Trukikaitis_Postimees, lk 150
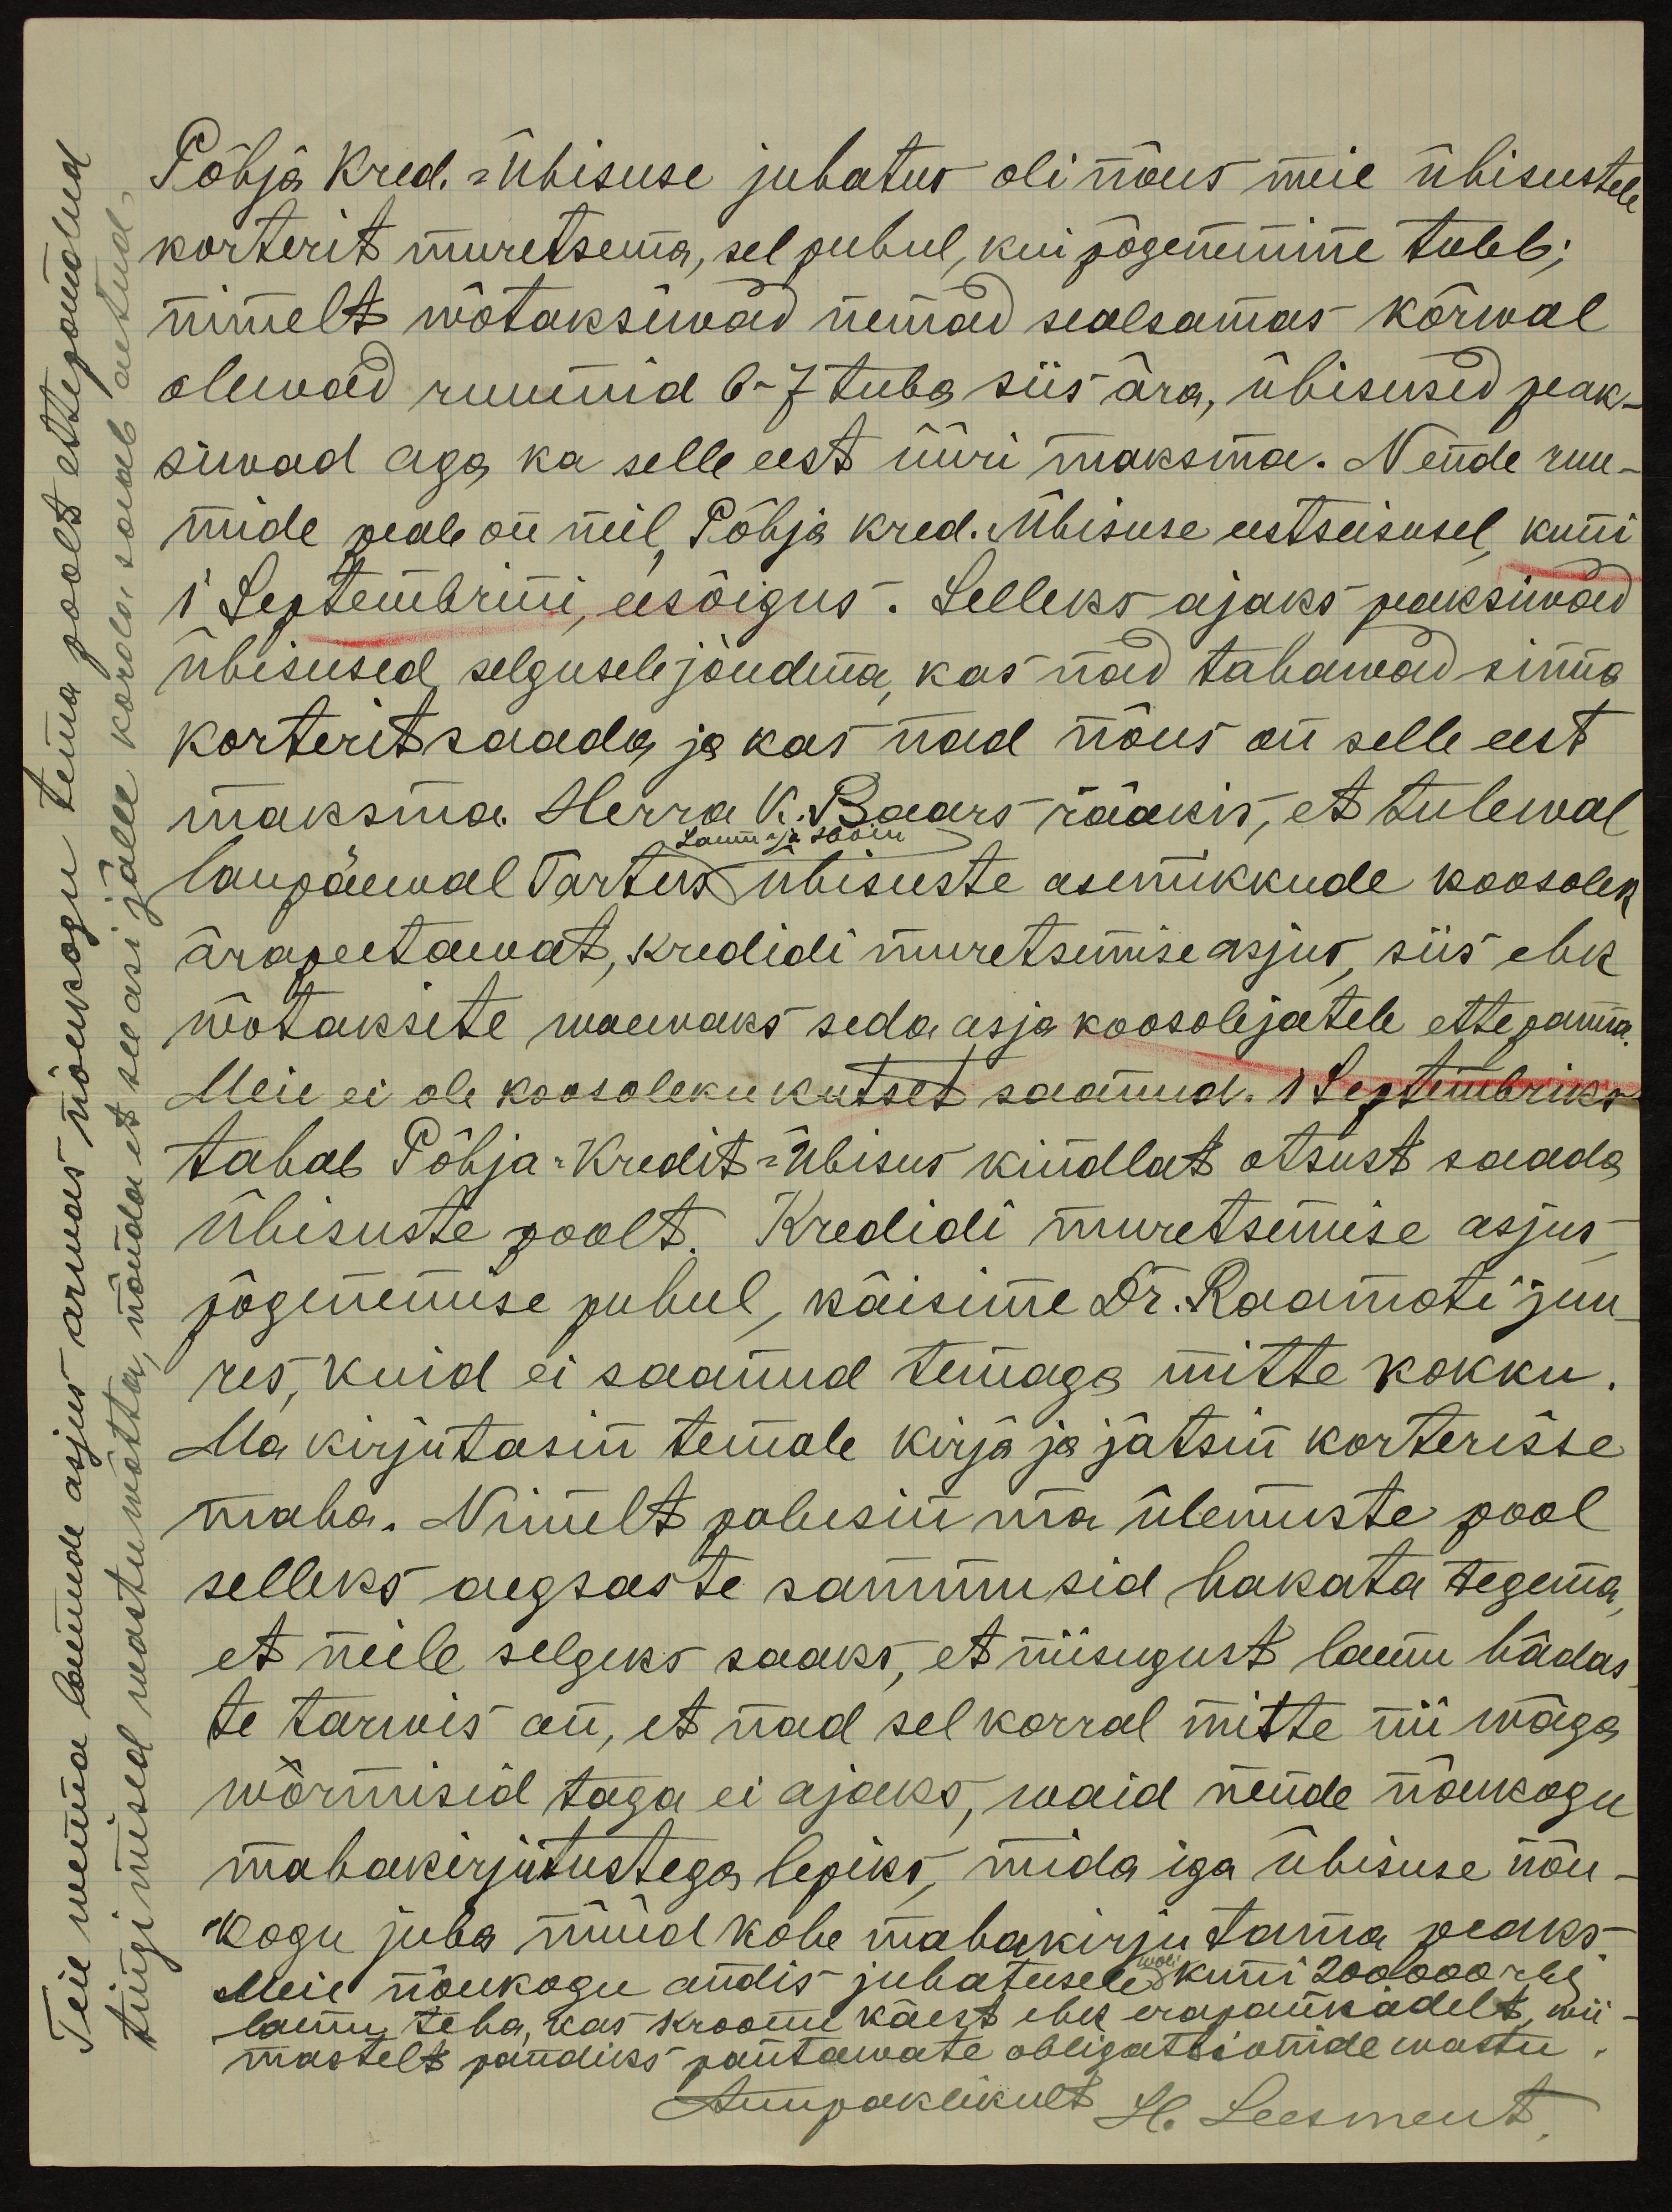
Teie wenna laenude asjus arwas nõukogu tema poolt ettepandud
tingimised wastuwõtta, nõnda et see asi jälle korda saab aetud.

Põhja Kred.-Ühisuse juhatus oli nõus meie ühisustele
korterit muretsema, sel puhul, kui põgenemine tuleb;
nimelt wõtaksiwad nemad sealsamas kõrwal
olewad ruumid 6-7 tuba siis ära, ühisused peak-
siwad aga ka selle eest üüri maksma. Nende ruu-
mide peale on neil Põhja kred. Ühisuse eestseisusel kuni
1 Septembrini, eesõigus. Selleks ajaks peaksiwad
ühisused selgusele jõudma kas nad tahawad sinna
korterit saada ja kas nad nõus on selle eest
maksma. Herra K. Baars rääkis, et tulewal
Laenu- ja Hoiu
laupäewal Tartus ühisuste asemikkude koosolek
ärapeetawat, kredidi muretsemise asjus, siis ehk
wõtaksite waewaks seda asja koosolejatele ette panna.
Meie ei ole koosoleku kutset saanud. 1. Septembriks
tahab Põhja-Kredit-Ühisus kindlat otsust saada
ühisuste poolt. Kredidi muretsemise asjus
põgenemise puhul, käisime Dr. Raamoti juu-
res, kuid ei saanud temaga mitte kokku.
Ma kirjutasin temale kirja ja jätsin korterisse
maha. Nimelt palusin ma ülemuste pool
selleks aegsaste sammusid hakata tegema,
et neile selgeks saaks, et niisugust laenu hädas-
te tarwis on, et nad sel korral mitte nii wäga
wormisid taga ei ajaks, waid nende nõukogu
mahakirjutustega lepiks, mida iga ühisuse nõu-
kogu juba nüüd kohe mahakirjutama peaks.
Meie nõukogu andis juhatusele woli kuni 200 000 rbl.
laenu teha, kas kroonu käest ehk erapankadelt, wii-
mastelt pandiks pantawate obligatsioonide wastu.
Auupaklikult H. Leesment.